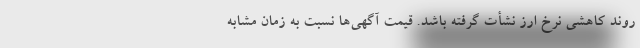
روند کاهشی نرخ ارز نشأت گرفته باشد. قیمت آگهی‌ها نسبت به زمان مشابه